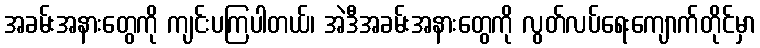
အခမ်းအနားတွေကို ကျင်းပကြပါတယ်၊ အဲဒီအခမ်းအနားတွေကို လွတ်လပ်ရေးကျောက်တိုင်မှာ